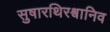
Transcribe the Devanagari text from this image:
सुषारथिरश्वानिव